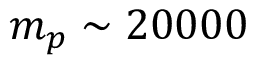
m _ { p } \sim 2 0 0 0 0